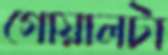
গোয়ালটা